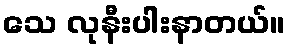
သေ လုနီးပါးနာတယ်။